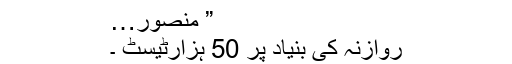
” منصور…
روازنہ کی بنیاد پر 50 ہزارٹیسٹ ۔